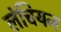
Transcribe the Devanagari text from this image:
लंचियन